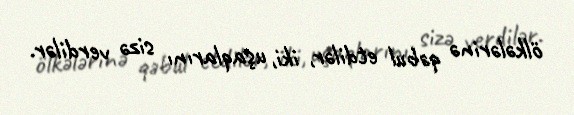
ölkələrinə qəbul etdilər, iki, uşaqlarını sizə verdilər.